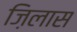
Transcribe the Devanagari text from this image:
ज़िलास